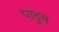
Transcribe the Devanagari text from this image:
पादुम